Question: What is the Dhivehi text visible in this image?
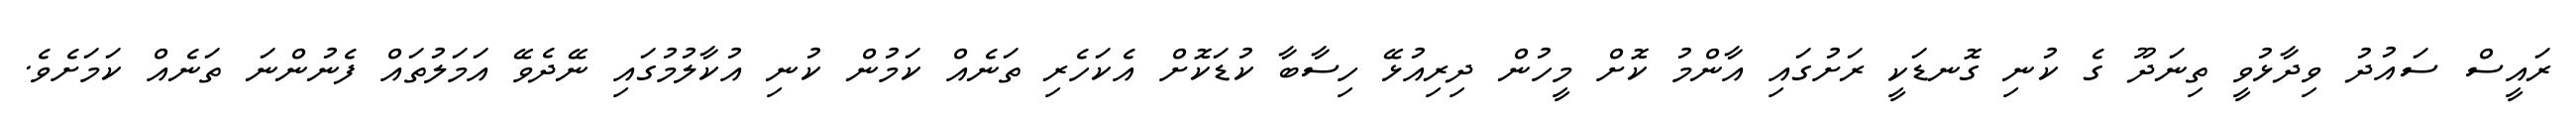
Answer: ރައީސް ސައުދު ވިދާޅުވީ ތިނަދޫ ގެ ކުނި ގޮނޑަކީ ރަށުގައި އާންމު ކޮށް މީހުން ދިރިއުޅޭ ހިސާބާ ކުޑަކޮށް އެކަހެރި ތަނެއް ކަމުން ކުނި އުކާލުމުގައި ނޭދެވޭ އަމަލުތައް ފެނުންނަ ތަނެއް ކަމަށެވެ.